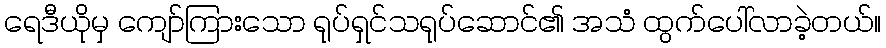
ရေဒီယိုမှ ကျော်ကြားသော ရုပ်ရှင်သရုပ်ဆောင်၏ အသံ ထွက်ပေါ်လာခဲ့တယ်။